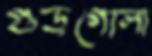
গুড়গোলা